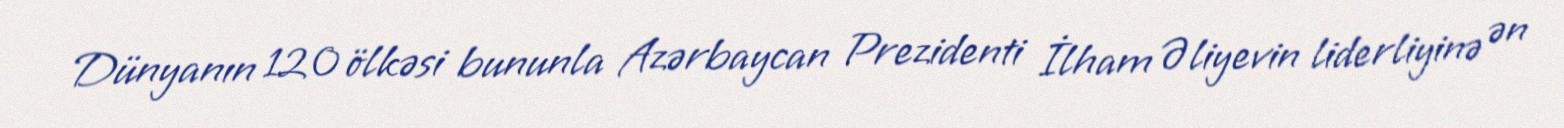
Dünyanın 120 ölkəsi bununla Azərbaycan Prezidenti İlham Əliyevin liderliyinə ən